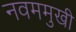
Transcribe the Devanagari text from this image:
नवममुखी